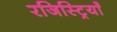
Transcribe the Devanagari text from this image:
रजिस्ट्रियाँ